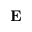
\textbf { E }